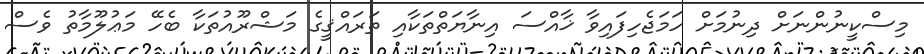
މިސްކީނުންނަށް ދިނުމަށް ހަމަޖެހިފައިވާ ޚާއްސަ އިނާޔަތްތަކާއި ތަރައްޤީގެ މަޝްރޫއުތަކާ ބެހޭ މަޢުލޫމާތު ވެސް